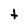
Character: t